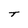
Character: T